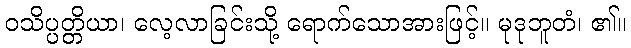
ဝသိပ္ပတ္တိယာ၊ လေ့လာခြင်းသို့ ရောက်သောအားဖြင့်။ မုဒုဘူတံ၊ ၏။